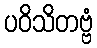
ပဝိသိတဗ္ဗံ